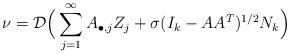
LaTeX: \begin{align*}\nu = \mathcal{D}\Big(\sum_{j=1}^\infty A_{\bullet,j}Z_j + \sigma(I_k-AA^T)^{1/2}N_k\Big)\end{align*}